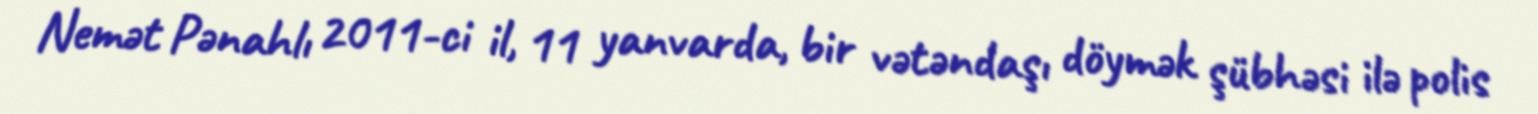
Nemət Pənahlı 2011-ci il, 11 yanvarda, bir vətəndaşı döymək şübhəsi ilə polis